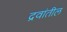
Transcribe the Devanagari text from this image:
द्रवांतील